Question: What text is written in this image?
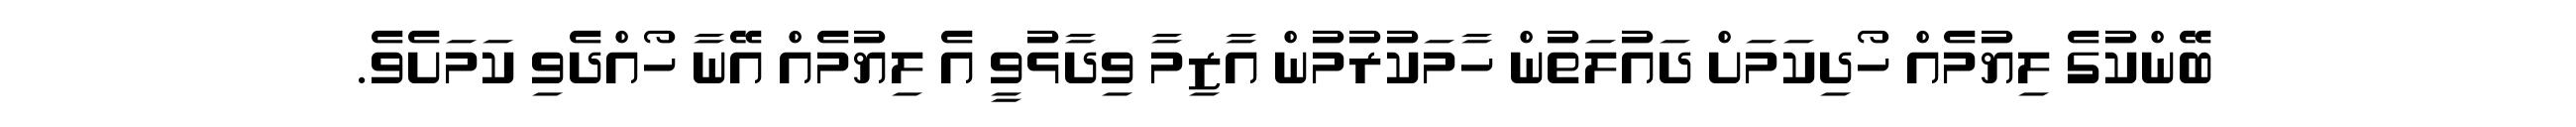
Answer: ބޭންކުގެ ލިޔުމެއް ހޯދިކަމަށް ދައުލަތުން ހާމަކުރުމުން އާޒިމާ ވިދާޅުވީ އެ ލިޔުމެއް އޭނާ ހޯއްދެވި ކަމަށެވެ.